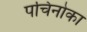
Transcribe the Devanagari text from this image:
पचिनोका